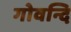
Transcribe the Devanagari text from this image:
गोवन्दि